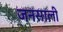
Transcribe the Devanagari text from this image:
जनसाली